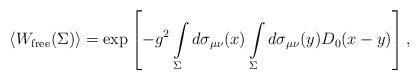
LaTeX: \begin{align*}\left<W_{\rm free}(\Sigma)\right>=\exp\left[-g^2\int\limits_{\Sigma}^{} d\sigma_{\mu\nu}(x)\int\limits_{\Sigma}^{} d\sigma_{\mu\nu}(y)D_0(x-y)\right],\end{align*}